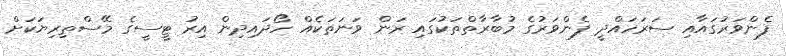
ފެންވަރުގައާއި ސަރަހައްދީ ފެންވަރުގެ މުބާރާތްތަކުގައި ރަން ވަނަތަކެއް ހޯދައިދިން އިރު ޓީސީގެ މޭސްތިރިޔަކަށް